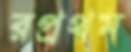
রপ্রথম